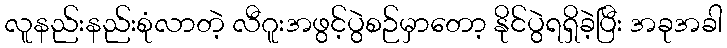
လူနည်းနည်းစုံလာတဲ့ လီဂူးအဖွင့်ပွဲစဉ်မှာတော့ နိုင်ပွဲရရှိခဲ့ပြီး အခုအခါ